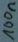
Text: 100n